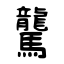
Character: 驡